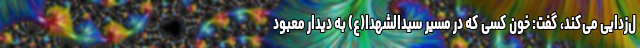
ل‌زدایی می‌کند، گفت: خون کسی که در مسیر سیدالشهدا(ع) به دیدار معبود